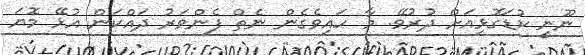
ނޫނީ ކުޑަގޮޅިއަށް ދުރުވޭ. މާ ހައިވެގެން ނެތް ފެންވަރު ދައްކަން އުޅޭ މޮޔަ